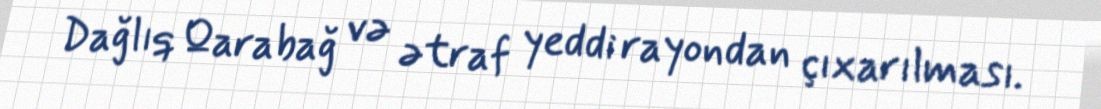
Dağlıq Qarabağ və ətraf yeddi rayondan çıxarılması.